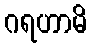
ဂရဟာမိ